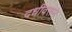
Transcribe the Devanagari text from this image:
दधीवरून